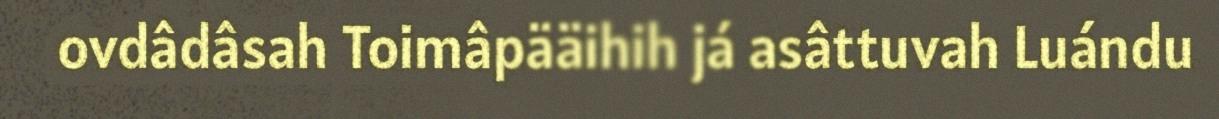
ovdâdâsah Toimâpääihih já asâttuvah Luándu